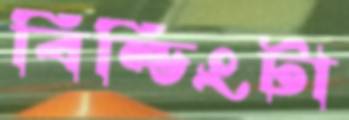
বিল্ডিংটা